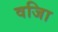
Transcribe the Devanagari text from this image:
वजिा